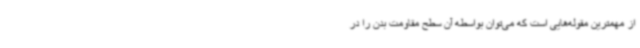
از مهمترین مقوله‌هایی است که می‌توان بواسطه آن سطح مقاومت بدن را در